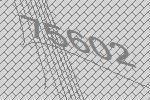
75602